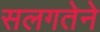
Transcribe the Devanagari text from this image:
सलगतेने